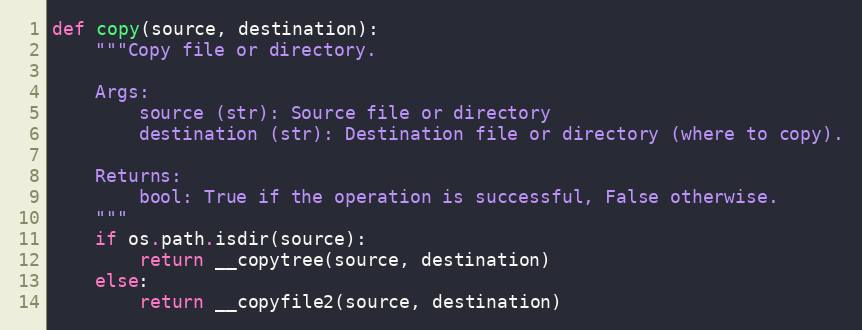
Language: Python
def copy(source, destination):
    """Copy file or directory.

    Args:
        source (str): Source file or directory
        destination (str): Destination file or directory (where to copy).

    Returns:
        bool: True if the operation is successful, False otherwise.
    """
    if os.path.isdir(source):
        return __copytree(source, destination)
    else:
        return __copyfile2(source, destination)